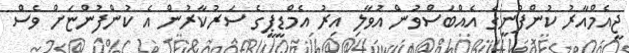
ޖީއެމްއާރު ކުންފުނީގެ އެއްބަސްވުން އުވާލި އިރު އެމްޑީޕީގެ ސަރުކާރުން އެ ކުންފުންޏަށް ވެސް